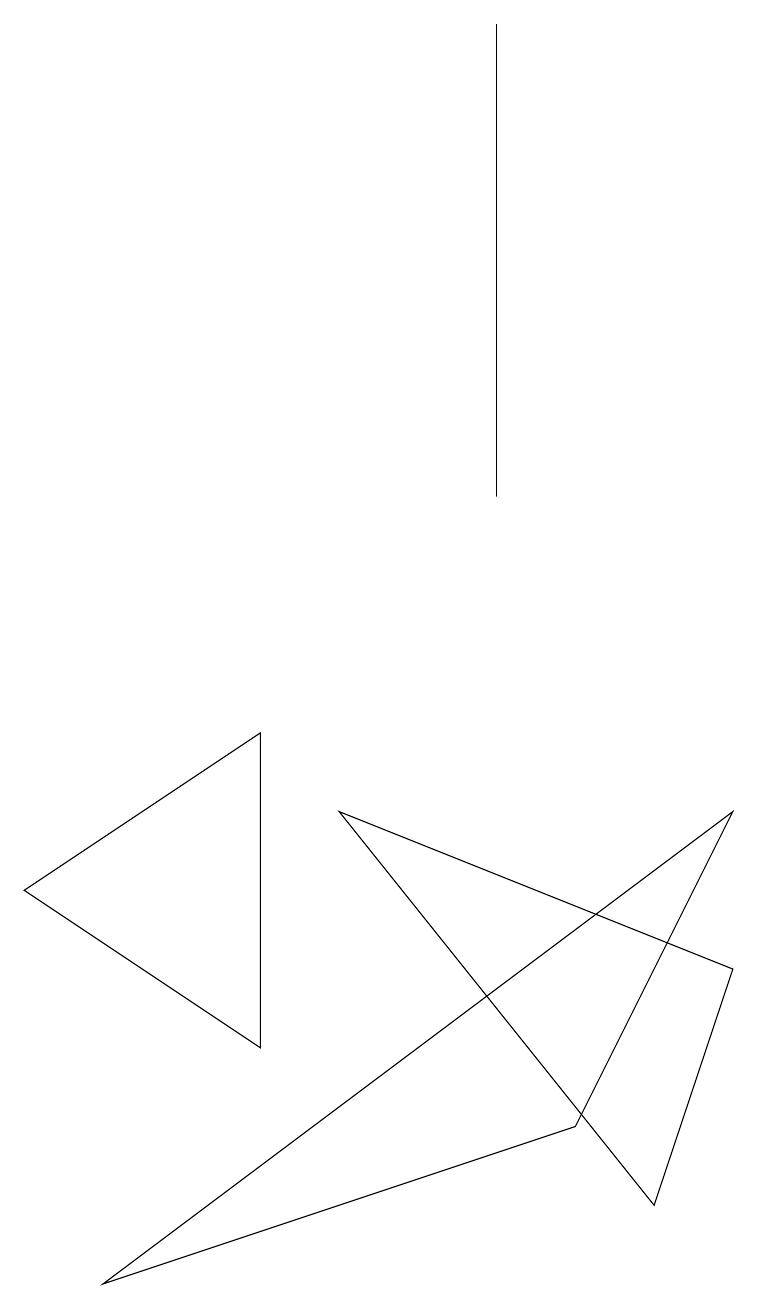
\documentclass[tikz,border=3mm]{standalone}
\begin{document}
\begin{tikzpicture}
\draw (8,1) -- (9,4) -- (4,6) -- cycle;
\draw (0,5) -- (3,7) -- (3,3) -- cycle;
\draw (6,16) rectangle (6,10);
\draw (9,6) -- (7,2) -- (1,0) -- cycle;
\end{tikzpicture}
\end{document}